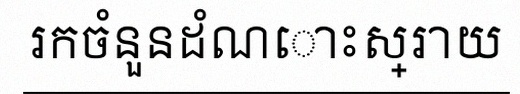
រកចំនួនដំណោះស្រាយ